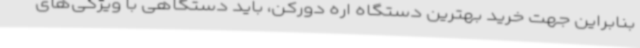
بنابراین جهت خرید بهترین دستگاه اره دورکن، باید دستگاهی با ویژگی‌های